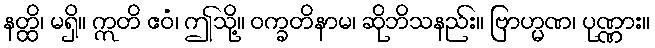
နတ္ထိ၊ မရှိ။ ဣတိ ဧဝံ၊ ဤသို့။ ဝက္ခတိနာမ၊ ဆိုဘိသနည်း။ ဗြာဟ္မဏ၊ ပုဏ္ဏား။